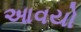
આવયો